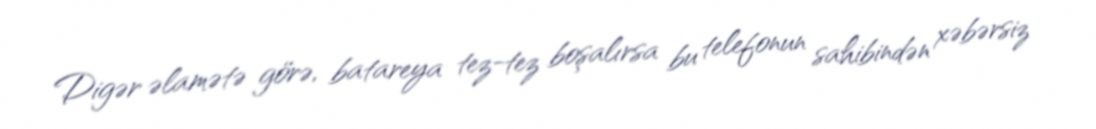
Digər əlamətə görə, batareya tez-tez boşalırsa bu telefonun sahibindən xəbərsiz